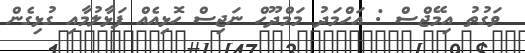
ވަގުތު އިމޭޖްސް : އަހްމަދު މަމްދޫހް ނަޖިސް ހޮޅިއެއް ފަޅާލުމާއި ގުޅިގެން